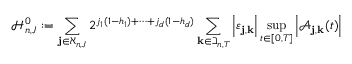
\mathcal { H } _ { n , J } ^ { 0 } : = \sum _ { \mathbf { j } \in \aleph _ { n , J } } 2 ^ { j _ { 1 } ( 1 - h _ { 1 } ) + \cdots + j _ { d } ( 1 - h _ { d } ) } \sum _ { \mathbf { k } \in \beth _ { n , T } } \left| \varepsilon _ { \mathbf { j } , \mathbf { k } } \right| \operatorname* { s u p } _ { t \in [ 0 , T ] } \left| \mathcal { A } _ { \mathbf { j } , \mathbf { k } } ( t ) \right|